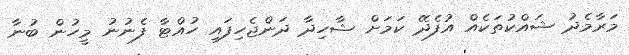
މަރާމެދު ޝައްކުތަކެއް އުފެދޭ ކަމަށް ޝާހިދާ ދަންޖެހިފައި ހުއްޓާ ފެނުނު މީހުން ބުނާ